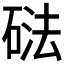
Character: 𱴔